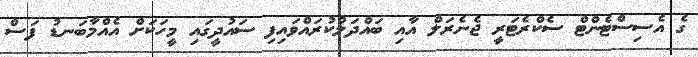
ގެ އެސިސްޓެންޓް ސެކްރެޓަރީ ޖެނެރަލް އާއި ބައްދަލުކުރައްވައިފި ސައުދީގައި މީހަކަށް އެއްމާބަނޑު ފަސް